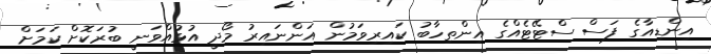
އިންޑިއާގެ ފަސް ސްޓޭޓެއްގެ އިންތިހާބު ކައިރިވަމުން އަންނައިރު މޯދީ އުޅުއްވަނީ ބުރަކޮށް ކަމަށް